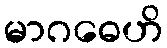
မာဂဓေဟိ